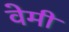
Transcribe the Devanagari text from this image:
वेमी